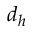
d _ { h }